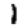
Digit: 1